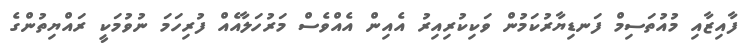
ފާއިޒާއި މުއުތަސިމް ފަނޑިޔާރުކަމުން ވަކިކުރިއިރު އެއިން އެއްވެސް މަރުހަލާއެއް ފުރިހަމަ ނުވުމަކީ ރައްޔިތުންގެ